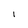
Character: l